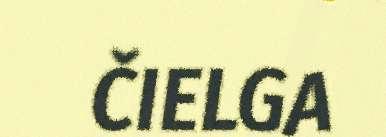
ČIELGA